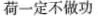
荷一定不做功